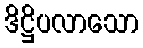
ဒိဋ္ဌိပလာသော